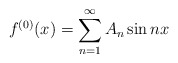
\begin{align*}f^{(0)}(x)=\sum_{n=1}^{\infty }A_{n}\sin nx\end{align*}